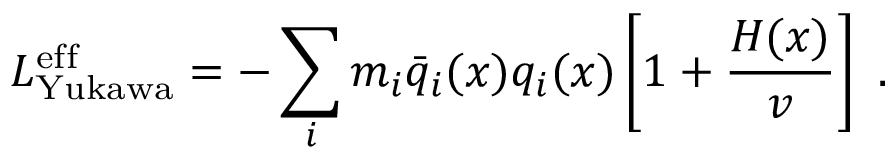
{ \cal { L } } _ { \mathrm { Y u k a w a } } ^ { \mathrm { e f f } } = - \sum _ { i } m _ { i } \bar { q } _ { i } ( x ) q _ { i } ( x ) \left[ 1 + \frac { H ( x ) } { v } \right] ~ .